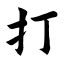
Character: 打